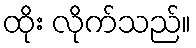
ထိုး လိုက်သည်။